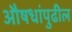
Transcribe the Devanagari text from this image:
औषधांपुढील